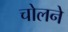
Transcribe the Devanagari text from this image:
चोलने